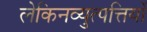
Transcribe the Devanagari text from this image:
लेकिनव्युत्पत्तियों